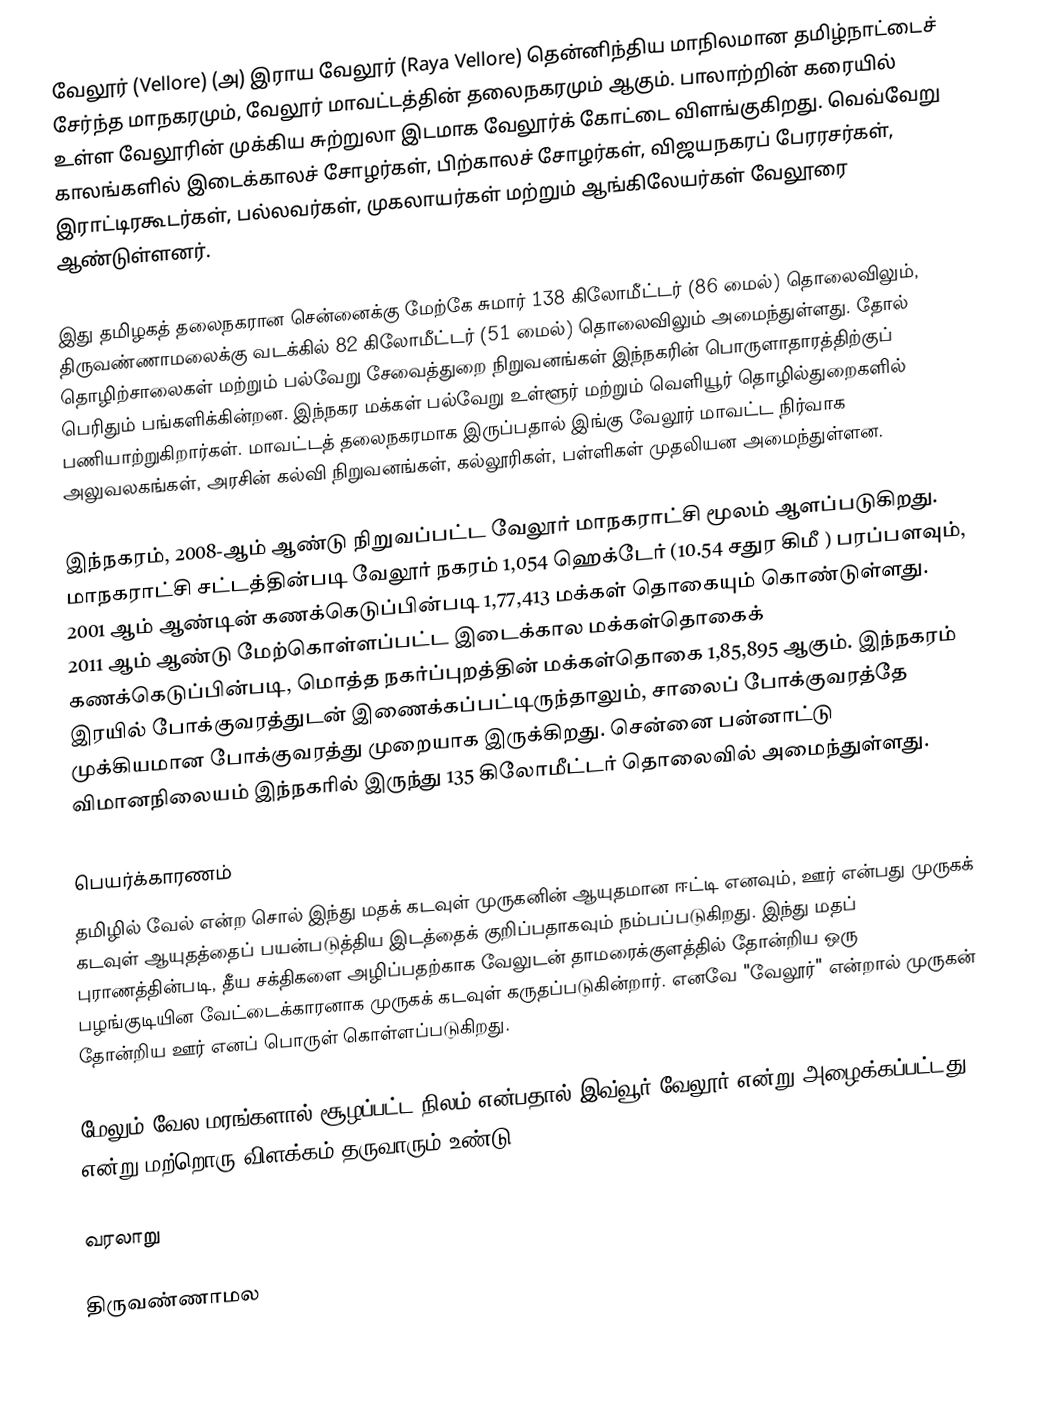
வேலூர் (Vellore)  (அ) இராய வேலூர் (Raya Vellore)  தென்னிந்திய மாநிலமான தமிழ்நாட்டைச் சேர்ந்த மாநகரமும், வேலூர் மாவட்டத்தின் தலைநகரமும் ஆகும். பாலாற்றின் கரையில் உள்ள வேலூரின் முக்கிய சுற்றுலா இடமாக வேலூர்க் கோட்டை விளங்குகிறது. வெவ்வேறு காலங்களில் இடைக்காலச் சோழர்கள், பிற்காலச் சோழர்கள், விஜயநகரப் பேரரசர்கள், இராட்டிரகூடர்கள், பல்லவர்கள், முகலாயர்கள் மற்றும் ஆங்கிலேயர்கள் வேலூரை ஆண்டுள்ளனர்.

இது தமிழகத் தலைநகரான சென்னைக்கு மேற்கே சுமார் 138 கிலோமீட்டர் (86 மைல்) தொலைவிலும், திருவண்ணாமலைக்கு வடக்கில் 82 கிலோமீட்டர் (51 மைல்) தொலைவிலும் அமைந்துள்ளது. தோல் தொழிற்சாலைகள் மற்றும் பல்வேறு சேவைத்துறை நிறுவனங்கள் இந்நகரின் பொருளாதாரத்திற்குப் பெரிதும் பங்களிக்கின்றன. இந்நகர மக்கள் பல்வேறு உள்ளூர் மற்றும் வெளியூர் தொழில்துறைகளில் பணியாற்றுகிறார்கள். மாவட்டத் தலைநகரமாக இருப்பதால் இங்கு வேலூர் மாவட்ட நிர்வாக அலுவலகங்கள், அரசின் கல்வி நிறுவனங்கள், கல்லூரிகள், பள்ளிகள் முதலியன அமைந்துள்ளன.

இந்நகரம், 2008-ஆம் ஆண்டு நிறுவப்பட்ட வேலூர் மாநகராட்சி மூலம் ஆளப்படுகிறது. மாநகராட்சி சட்டத்தின்படி வேலூர் நகரம் 1,054 ஹெக்டேர் (10.54 சதுர கிமீ ) பரப்பளவும், 2001 ஆம் ஆண்டின் கணக்கெடுப்பின்படி 1,77,413 மக்கள் தொகையும் கொண்டுள்ளது. 2011 ஆம் ஆண்டு மேற்கொள்ளப்பட்ட இடைக்கால மக்கள்தொகைக் கணக்கெடுப்பின்படி, மொத்த நகர்ப்புறத்தின் மக்கள்தொகை 1,85,895 ஆகும். இந்நகரம் இரயில் போக்குவரத்துடன் இணைக்கப்பட்டிருந்தாலும், சாலைப் போக்குவரத்தே முக்கியமான  போக்குவரத்து முறையாக இருக்கிறது. சென்னை பன்னாட்டு விமானநிலையம் இந்நகரில் இருந்து 135 கிலோமீட்டர் தொலைவில் அமைந்துள்ளது.

பெயர்க்காரணம்
தமிழில் வேல் என்ற சொல் இந்து மதக் கடவுள் முருகனின் ஆயுதமான ஈட்டி எனவும், ஊர் என்பது முருகக் கடவுள் ஆயுதத்தைப் பயன்படுத்திய இடத்தைக் குறிப்பதாகவும் நம்பப்படுகிறது. இந்து மதப் புராணத்தின்படி, தீய சக்திகளை அழிப்பதற்காக வேலுடன் தாமரைக்குளத்தில் தோன்றிய ஒரு பழங்குடியின வேட்டைக்காரனாக முருகக் கடவுள்  கருதப்படுகின்றார். எனவே "வேலூர்" என்றால் முருகன் தோன்றிய ஊர் எனப் பொருள் கொள்ளப்படுகிறது.

மேலும் வேல மரங்களால் சூழப்பட்ட நிலம் என்பதால் இவ்வூர் வேலூர் என்று அழைக்கப்பட்டது என்று மற்றொரு விளக்கம் தருவாரும் உண்டு.

வரலாறு

திருவண்ணாமல